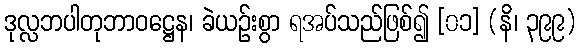
ဒုလ္လဘပါတုဘာဝဋ္ဌေန၊ ခဲယဉ်းစွာ ရအပ်သည်ဖြစ်၍ [၀၁] (နိ၊ ၃၉၉)